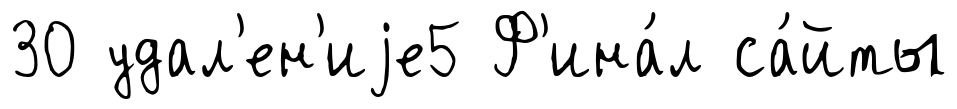
30 удал'ен'иjе5 Ф'ина́л са́йты